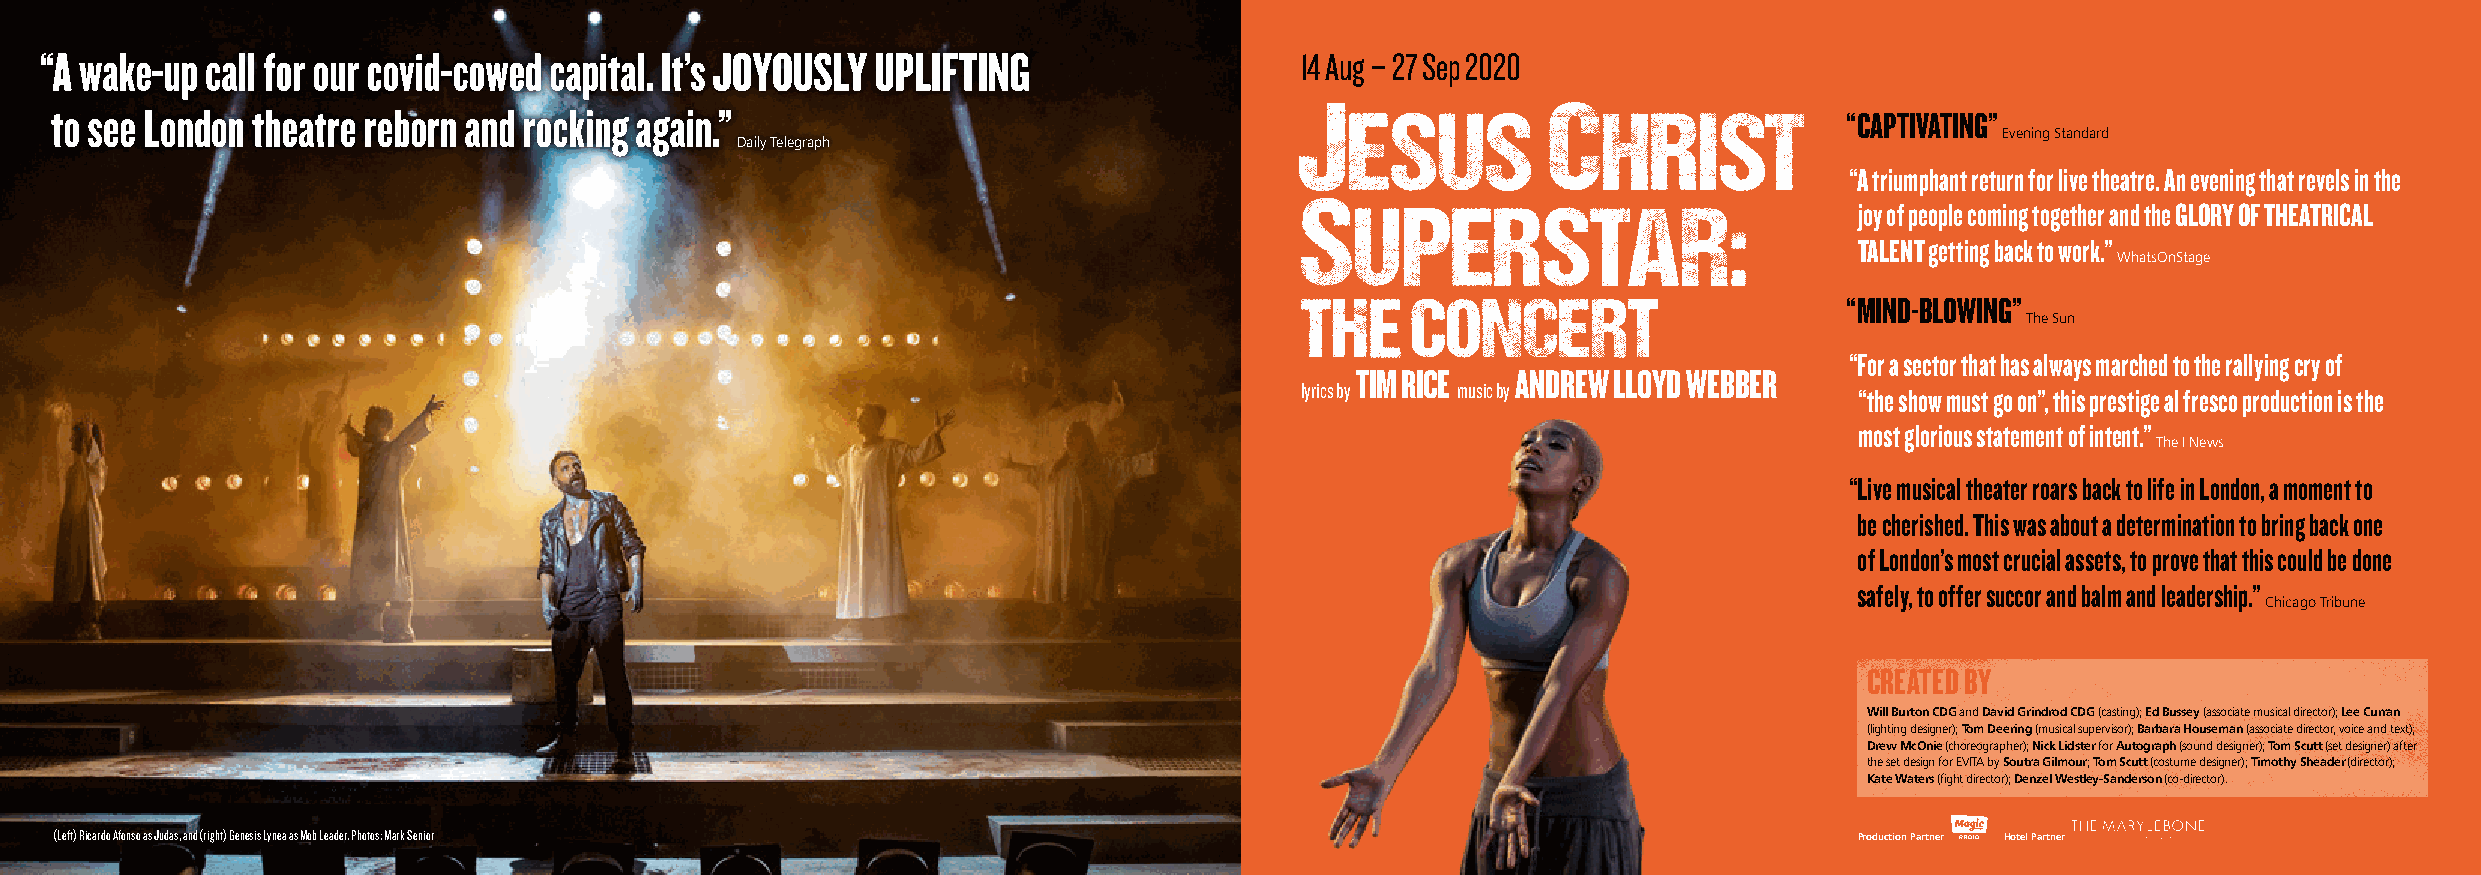
“A wake-up call for our covid-cowed capital. It’s JOYOUSLY UPLIFTING               14 Aug – 27 Sep 2020
 to see London theatre reborn and rocking again.”                                                                       “CAPTIVATING”
 Evening Standard
 Daily Telegraph
 “A triumphant return for live theatre. An evening that revels in the
 joy of people coming together and the GLORY OF THEATRICAL
 TALENT getting back to work.”
 WhatsOnStage
 “MIND-BLOWING”
 The Sun
 “For a sector that has always marched to the rallying cry of
 TIM RICE  ANDREW LLOYD WEBBER
 lyrics by  music by                  “the show must go on”, this prestige al fresco production is the
 most glorious statement of intent.”
 The I News
 “ Live musical theater roars back to life in London, a moment to
 be cherished. This was about a determination to bring back one
 of London’s most crucial assets, to prove that this could be done
 safely, to offer succor and balm and leadership.”
 Chicago Tribune
 CREATED BY
 Will Burton CDG and David Grindrod CDG (casting); Ed Bussey (associate musical director); Lee Curran
 (lighting designer); Tom Deering (musical supervisor); Barbara Houseman (associate director, voice and text);
 Drew McOnie (choreographer); Nick Lidster for Autograph (sound designer); Tom Scutt (set designer) after
 the set design for EVITA by Soutra Gilmour; Tom Scutt (costume designer); Timothy Sheader (director);
 Kate Waters (fight director); Denzel Westley-Sanderson (co-director).
 (Left) Ricardo Afonso as Judas, and (right) Genesis Lynea as Mob Leader. Photos: Mark Senior                           Production Partner Hotel Partner